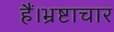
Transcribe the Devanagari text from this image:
हैं।भ्रष्टाचार